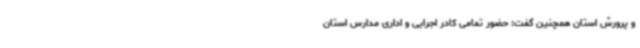
و پرورش استان همچنین گفت‌: حضور تمامی کادر اجرایی و اداری مدارس استان